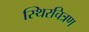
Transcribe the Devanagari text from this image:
स्थिरचित्रण